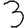
Digit: 3